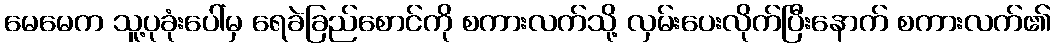
မေမေက သူ့ပုခုံးပေါ်မှ ရေခဲခြည်စောင်ကို စကားလက်သို့ လှမ်းပေးလိုက်ပြီးနောက် စကားလက်၏